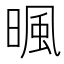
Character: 𣈼